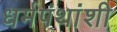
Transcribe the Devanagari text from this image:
धर्मपंथांशी